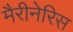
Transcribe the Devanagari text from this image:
मैरीनेरिस